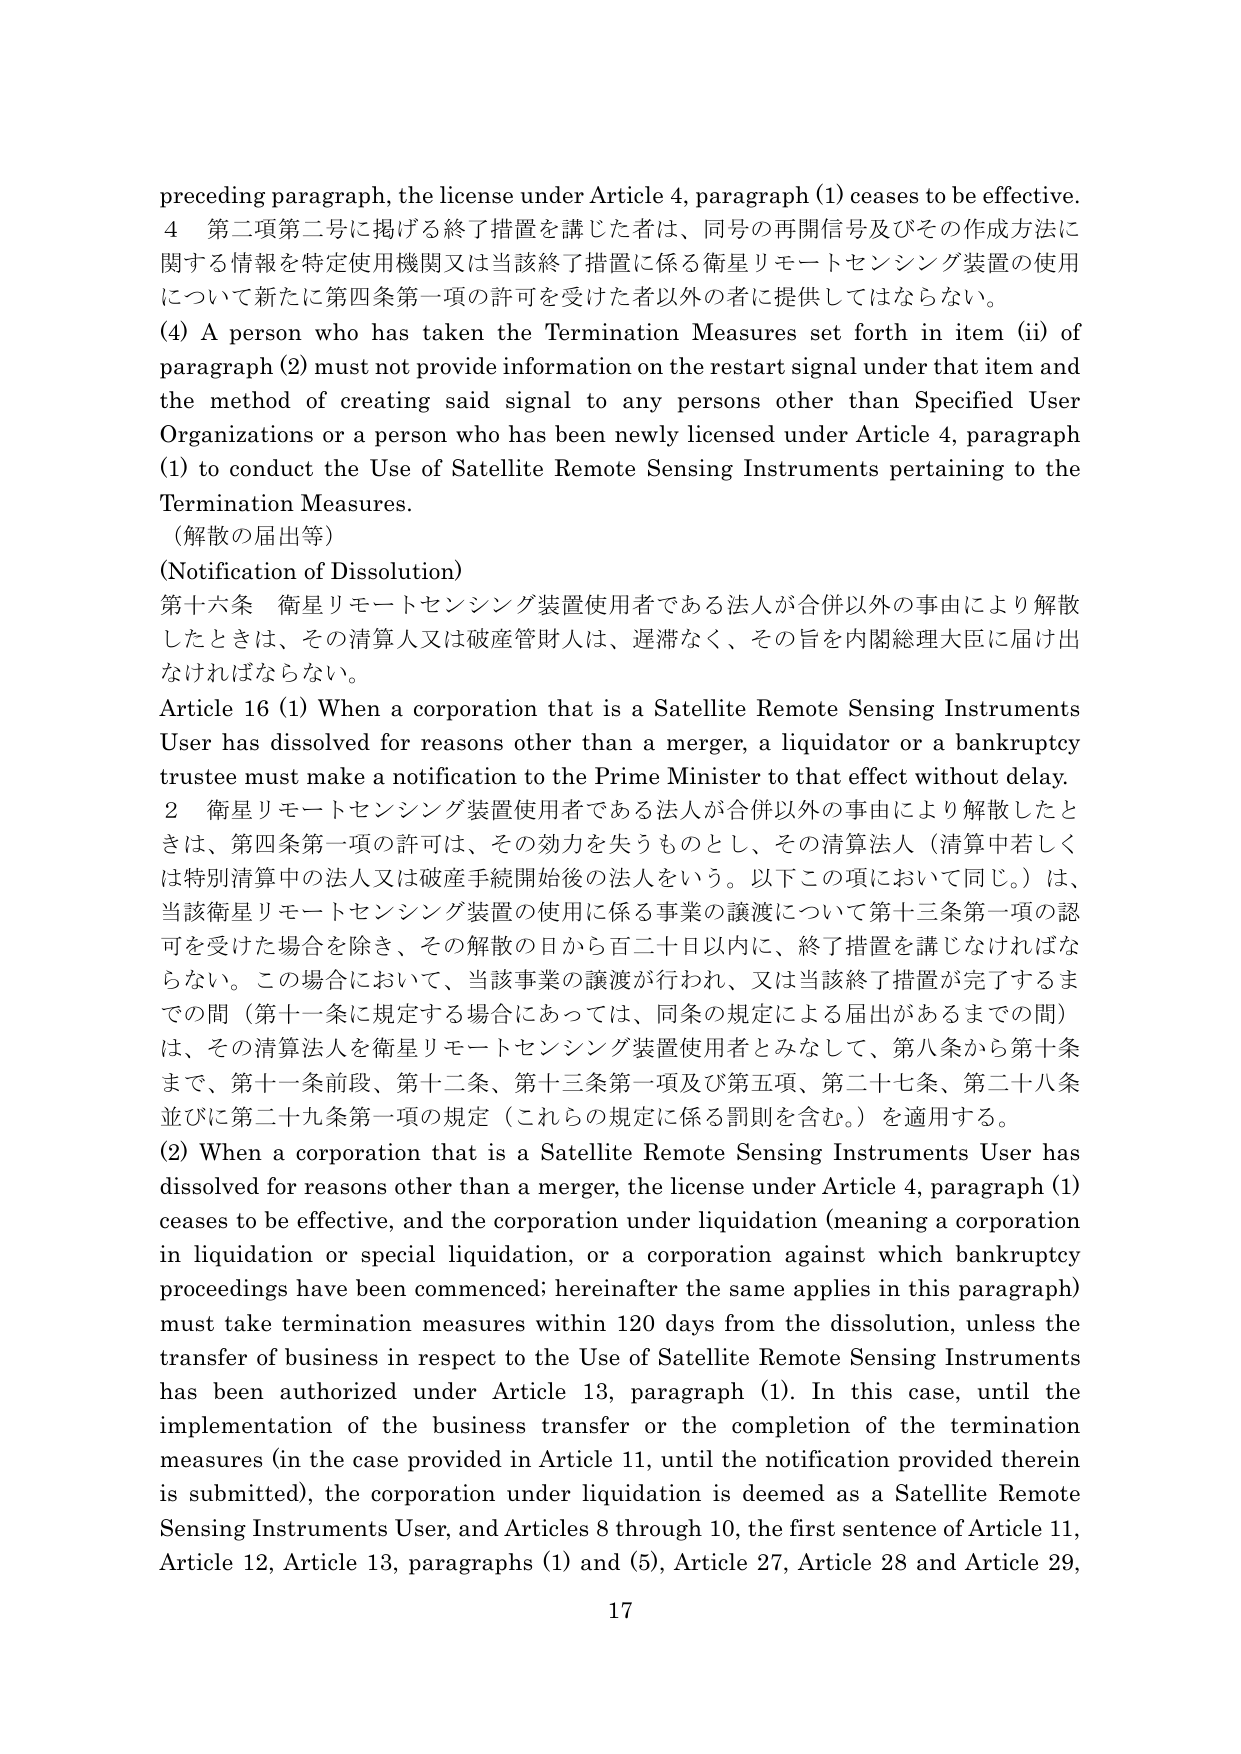
preceding paragraph, the license under Article 4, paragraph (1) ceases to be effective.
4 第二項第二号に掲げる終了措置を講じた者は、同号の再開信号及びその作成方法に関する情報を特定使用機関又は当該終了措置に係る衛星リモートセンシング装置の使用について新たに第四条第一項の許可を受けた者以外の者に提供してはならない。
(4) A person who has taken the Termination Measures set forth in item (ii) of paragraph (2) must not provide information on the restart signal under that item and the method of creating said signal to any persons other than Specified User Organizations or a person who has been newly licensed under Article 4, paragraph (1) to conduct the Use of Satellite Remote Sensing Instruments pertaining to the Termination Measures.
（解散の届出等）
(Notification of Dissolution)
第十六条 衛星リモートセンシング装置使用者である法人が合併以外の事由により解散したときは、その清算人又は破産管財人は、遅滞なく、その旨を内閣総理大臣に届け出なければならない。
Article 16 (1) When a corporation that is a Satellite Remote Sensing Instruments User has dissolved for reasons other than a merger, a liquidator or a bankruptcy trustee must make a notification to the Prime Minister to that effect without delay.
2 衛星リモートセンシング装置使用者である法人が合併以外の事由により解散したときは、第四条第一項の許可は、その効力を失うものとし、その清算法人（清算中若しくは特別清算中の法人又は破産手続開始後の法人をいう。以下この項において同じ。）は、当該衛星リモートセンシング装置の使用に係る事業の譲渡について第十三条第一項の認可を受けた場合を除き、その解散の日から百二十日以内に、終了措置を講じなければならない。この場合において、当該事業の譲渡が行われ、又は当該終了措置が完了するまでの間（第十一条に規定する場合にあっては、同条の規定による届出があるまでの間）は、その清算法人を衛星リモートセンシング装置使用者とみなして、第八条から第十条まで、第十一条前段、第十二条、第十三条第一項及び第五項、第二十七条、第二十八条並びに第二十九条第一項の規定（これらの規定に係る罰則を含む。）を適用する。
(2) When a corporation that is a Satellite Remote Sensing Instruments User has dissolved for reasons other than a merger, the license under Article 4, paragraph (1) ceases to be effective, and the corporation under liquidation (meaning a corporation in liquidation or special liquidation, or a corporation against which bankruptcy proceedings have been commenced; hereinafter the same applies in this paragraph) must take termination measures within 120 days from the dissolution, unless the transfer of business in respect to the Use of Satellite Remote Sensing Instruments has been authorized under Article 13, paragraph (1). In this case, until the implementation of the business transfer or the completion of the termination measures (in the case provided in Article 11, until the notification provided therein is submitted), the corporation under liquidation is deemed as a Satellite Remote Sensing Instruments User, and Articles 8 through 10, the first sentence of Article 11, Article 12, Article 13, paragraphs (1) and (5), Article 27, Article 28 and Article 29,
17